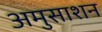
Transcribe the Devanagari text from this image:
अमुसाशन